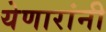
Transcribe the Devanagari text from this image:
येणारांनी